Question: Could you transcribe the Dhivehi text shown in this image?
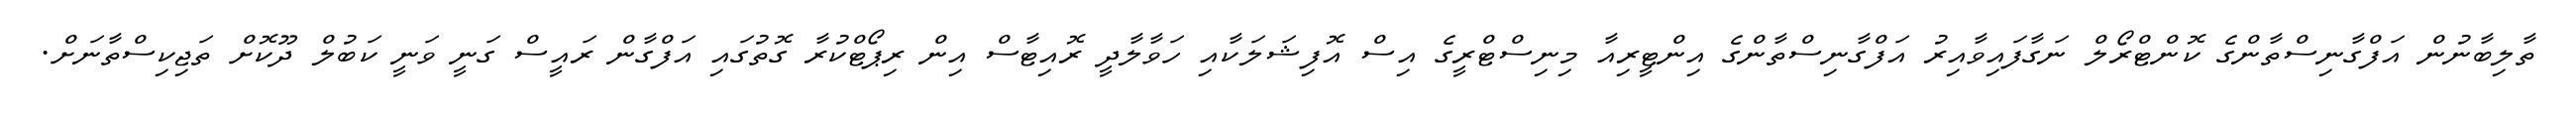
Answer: ތާލިބާނުން އަފްގާނިސްތާންގެ ކޮންޓްރޯލް ނަގާފައިވާއިރު އަފްގާނިސްތާންގެ އިންޓީރިއާ މިނިސްޓްރީގެ އިސް އޮފިޝަލަކާއި ހަވާލާދީ ރޮއިޓާސް އިން ރިޕޯޓްކުރާ ގޮތުގައި އަފްގާން ރައީސް ގަނީ ވަނީ ކަބުލް ދޫކޮށް ތަޖިކިސްތާނަށް.